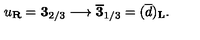
u _ { \bf R } = { \bf 3 } _ { 2 / 3 } \longrightarrow \overline { { \bf 3 } } _ { 1 / 3 } = ( \overline { d } ) _ { \bf L } .